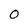
Character: 0